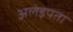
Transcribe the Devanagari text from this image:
अलेइपता